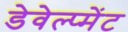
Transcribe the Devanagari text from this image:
डेवेल्प्मेंट